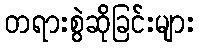
တရားစွဲဆိုခြင်းများ